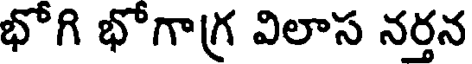
భోగి భోగాగ్ర విలాస నర్తన